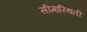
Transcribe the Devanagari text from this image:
सीमास्थिती